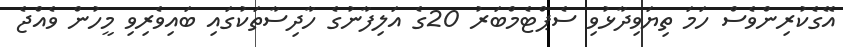
އޭގެކުރިންވެސް ހަމަ ތިޔަވިދާޅުވި ސެޕްޓެމްބަރު 20ގެ އަލިފާނުގެ ހާދިސާތަކުގައި ބައިވެރިވި މީހުން ވެއްޖެ